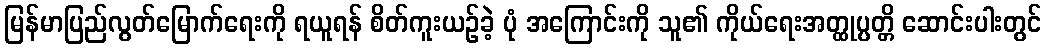
မြန်မာပြည်လွတ်မြောက်ရေးကို ရယူရန် စိတ်ကူးယဉ်ခဲ့ ပုံ အကြောင်းကို သူ၏ ကိုယ်ရေးအတ္ထုပ္ပတ္တိ ဆောင်းပါးတွင်